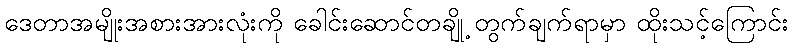
ဒေတာအမျိုးအစားအားလုံးကို ခေါင်းဆောင်တချို့ တွက်ချက်ရာမှာ ထိုးသင့်ကြောင်း